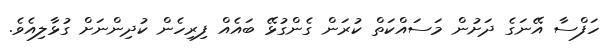
ހަފްސާ އޭނަގެ ދަށުން މަސައްކަތް ކުރަން ގެންގުޅޭ ބައެއް ފިރިހެން ކުދިންނަށް ގުޅާލިއެވެ.